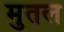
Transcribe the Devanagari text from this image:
मुतल